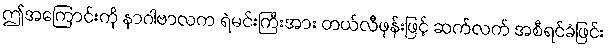
ဤအကြောင်းကို နာဂါဗာလက ရဲမင်းကြီးအား တယ်လီဖုန်းဖြင့် ဆက်လက် အစီရင်ခံဖြင်း